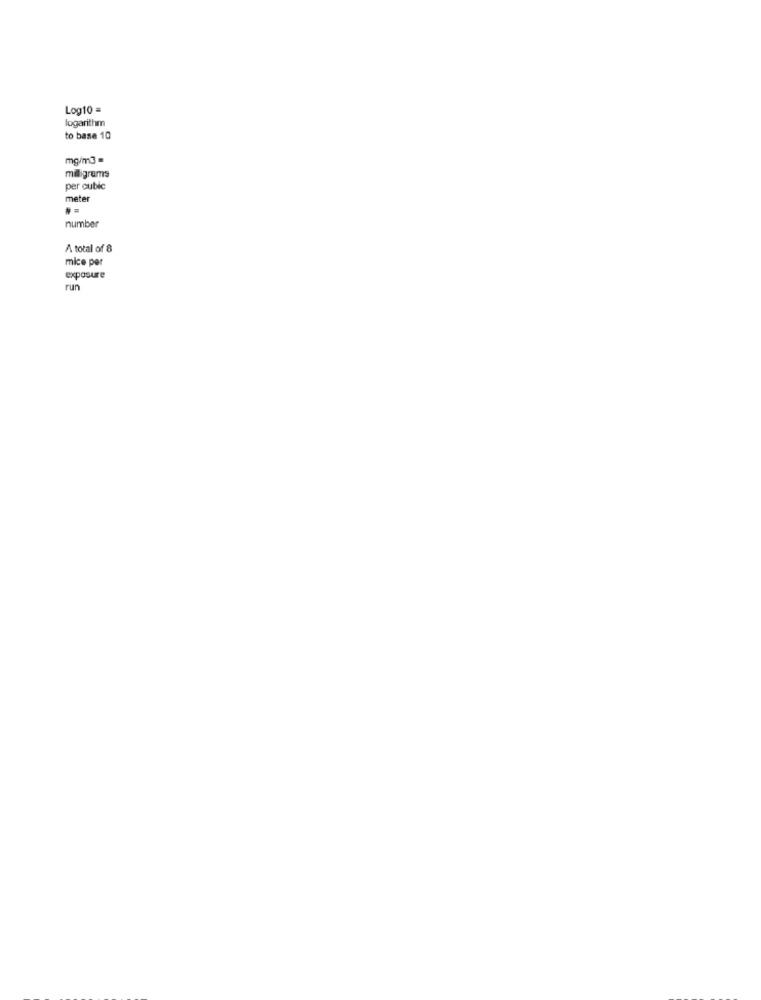
Log10 =
logarithm
to base 10
mg/m3 =
milligrams
per cubic
meter
number
A total of 8
mice per
exposure
run